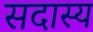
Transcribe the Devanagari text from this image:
सदास्य